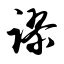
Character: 谬